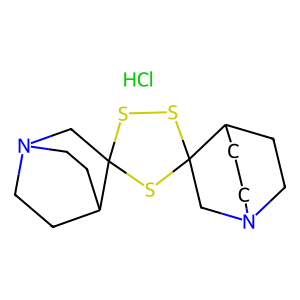
SMILES: C1CN2CCC1C1(C2)SSC2(CN3CCC2CC3)S1.Cl
Inhibits HIV replication: No